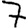
Digit: 7